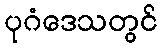
ပုဂံဒေသတွင်